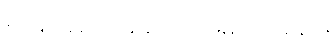
စပိန်ပြည်ပြေးများကို ဖမ်းကြသည်။